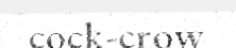
cock-crow